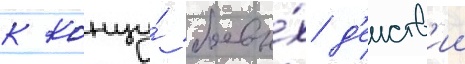
к концу́ боевы́х д'еиств'ии